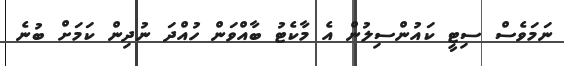
ނަމަވެސް ސިޓީ ކައުންސިލުން އެ މާކެޓު ބާއްވަން ހުއްދަ ނުދިން ކަމަށް ބުނެ